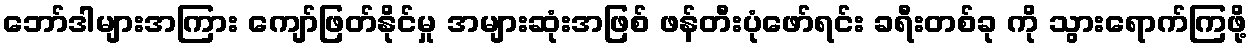
ဘော်ဒါများအကြား ကျော်ဖြတ်နိုင်မှု အများဆုံးအဖြစ် ဖန်တီးပုံဖော်ရင်း ခရီးတစ်ခု ကို သွားရောက်ကြဖို့